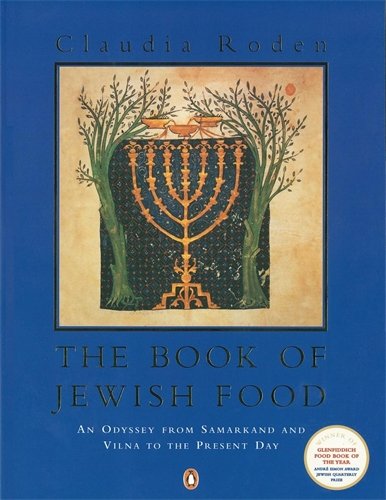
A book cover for Book of Jewish Food; Claudia Roden; Cookbooks, Food & Wine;